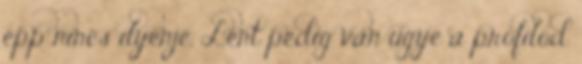
épp nincs ilyenje. Lent pedig van ugye a profilod.